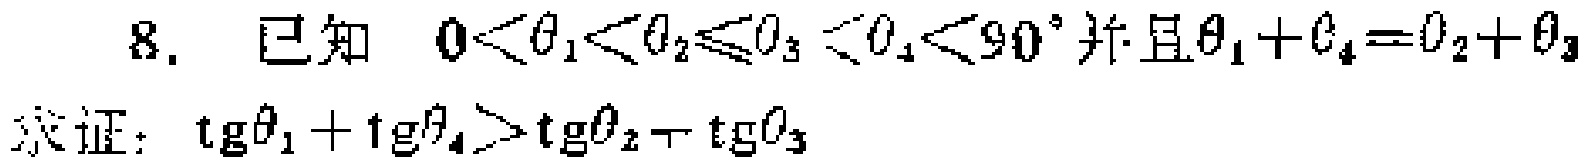
8. 已知 \(0<\theta_1<\theta_2\leqslant\theta_3<\theta_4<90^{\circ}\) 且 \(\theta_1 + \theta_4=\theta_2+\theta_3\)

求证：\(\text{tg}\theta_1+\text{tg}\theta_4>\text{tg}\theta_2+\text{tg}\theta_3\)